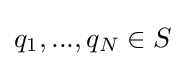
q_{1},...,q_{N}\in S